18_100754_ General 1946-7_Vol_2
Agency: Department of War
Incident date: 12/30/47
Page 3
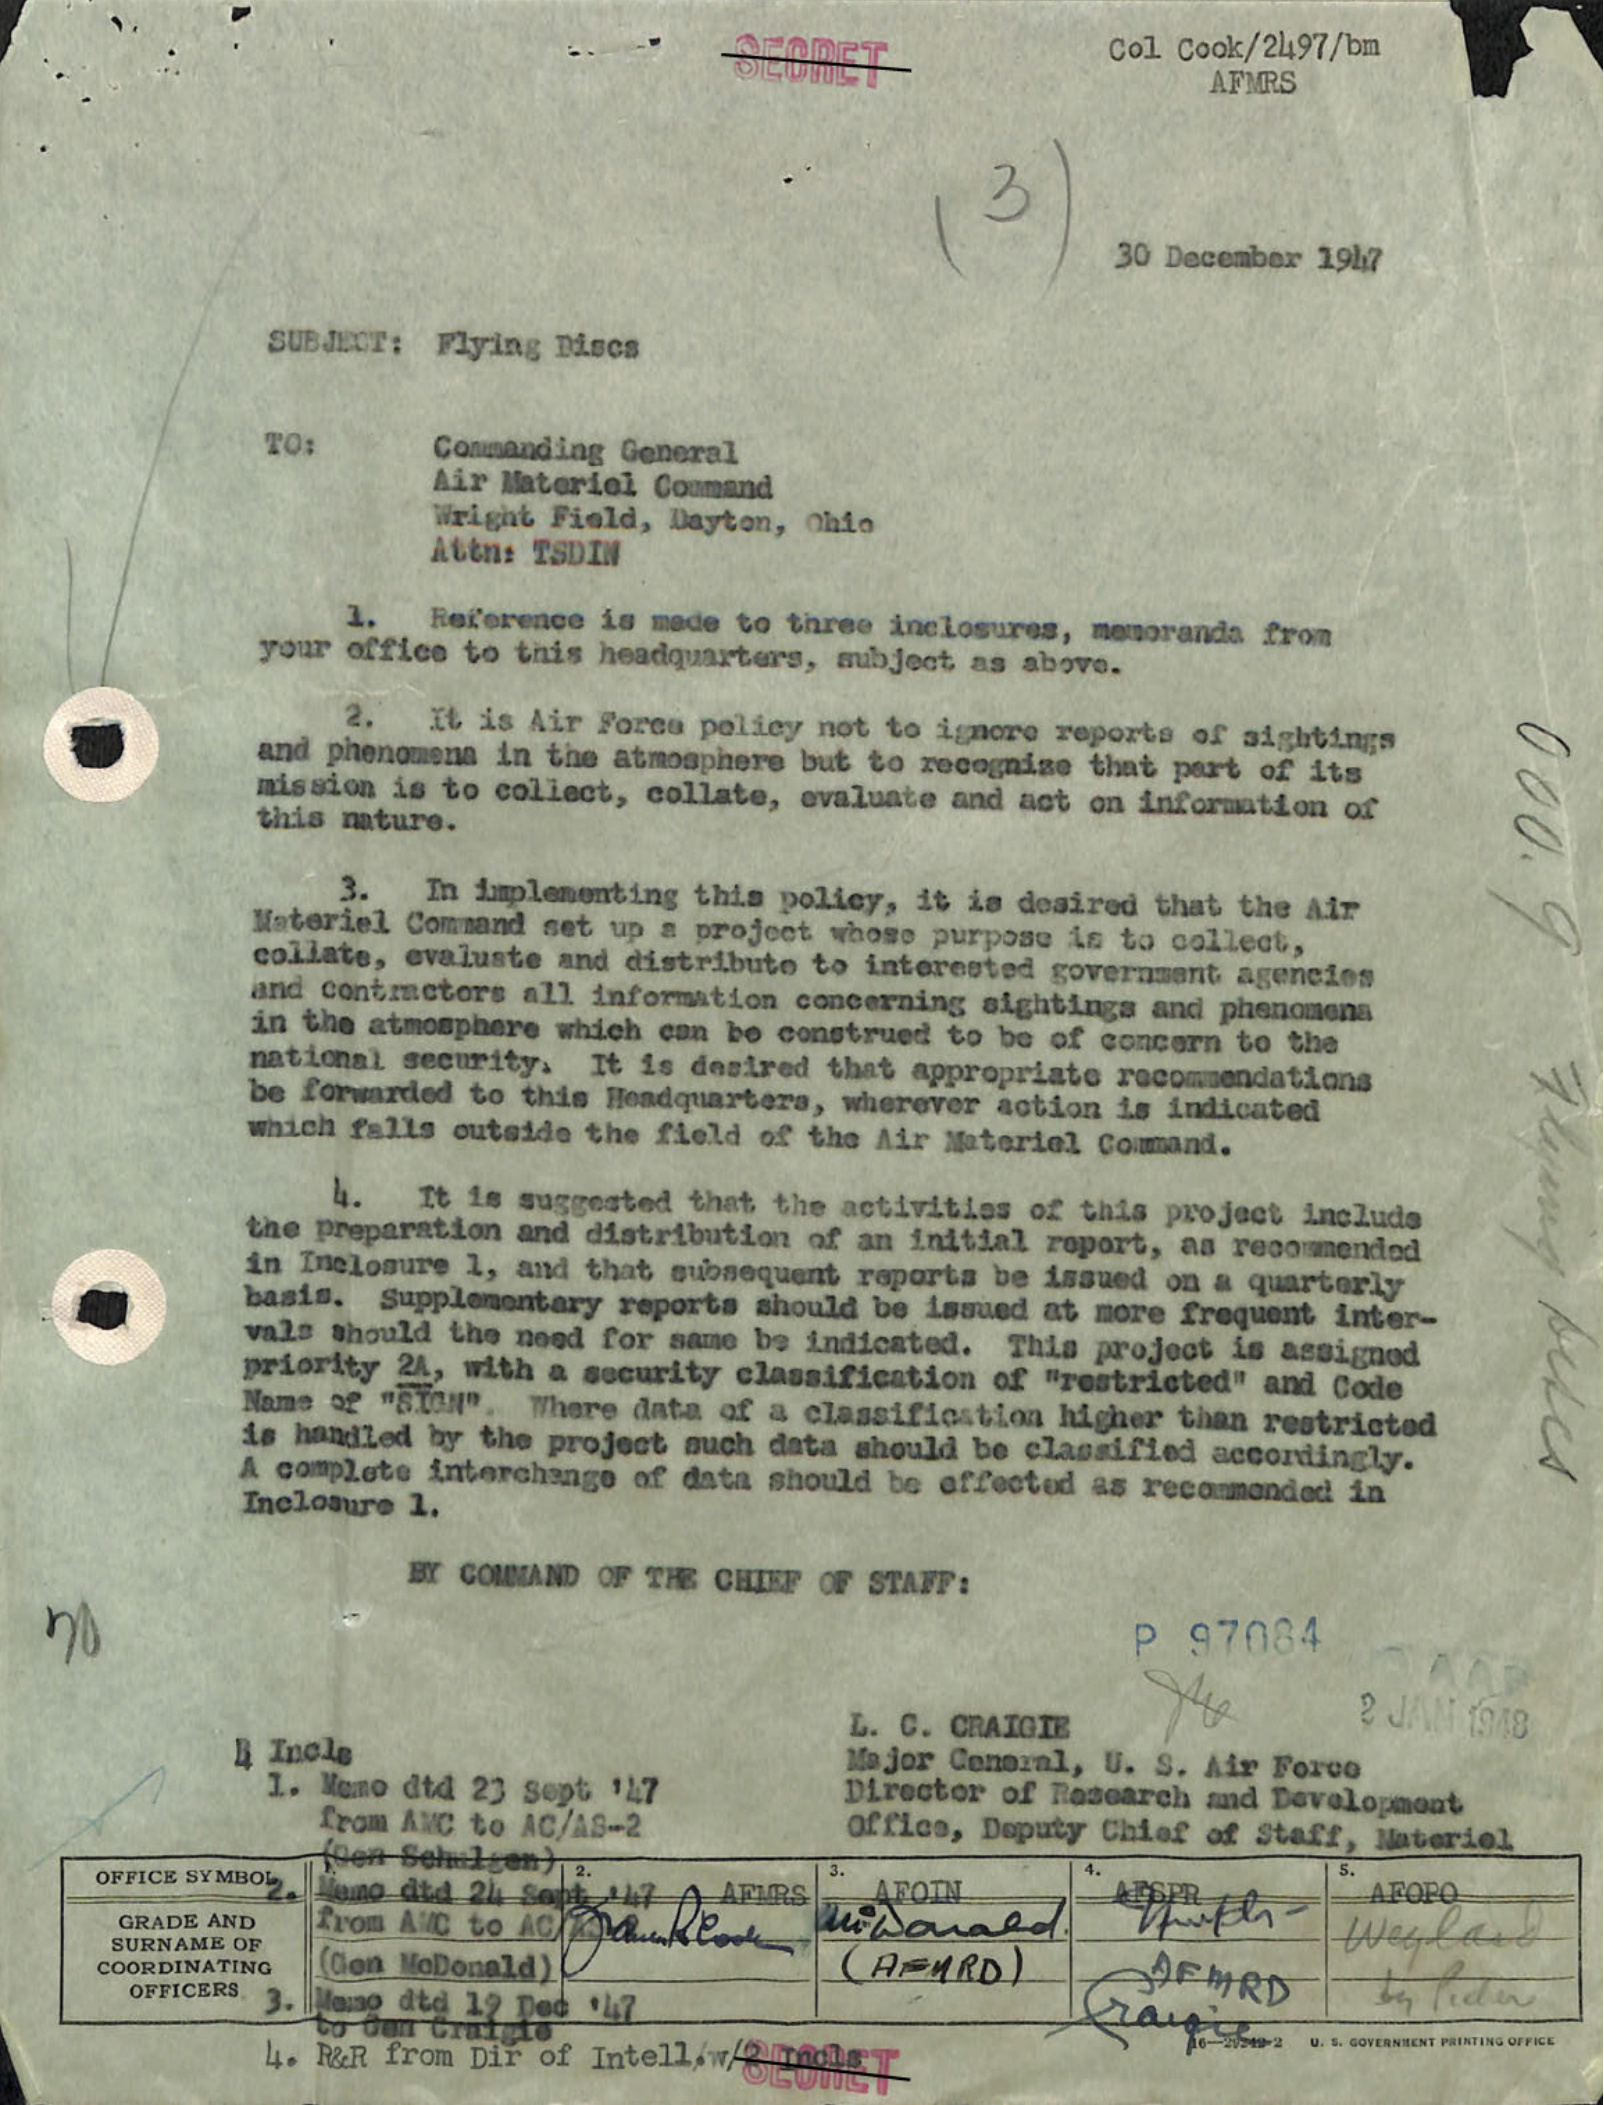